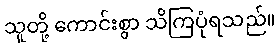
သူတို့ ကောင်းစွာ သိကြပုံရသည်။